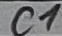
Text: C1